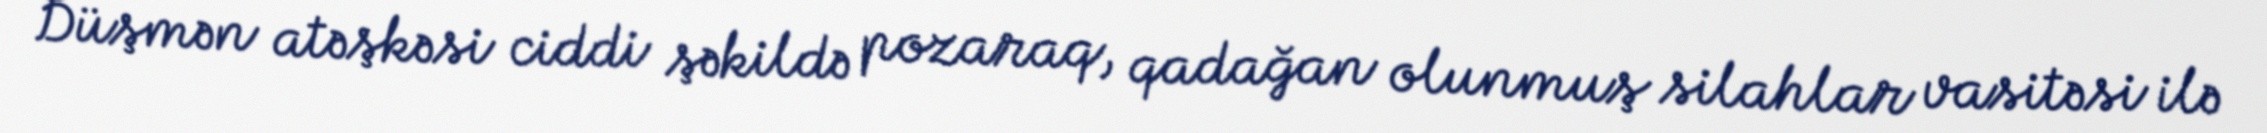
Düşmən atəşkəsi ciddi şəkildə pozaraq, qadağan olunmuş silahlar vasitəsi ilə